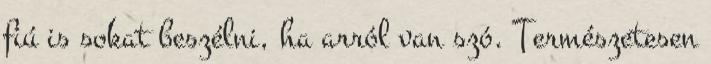
fiú is sokat beszélni, ha arról van szó. Természetesen